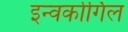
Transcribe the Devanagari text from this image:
इन्वर्कार्गिल